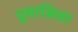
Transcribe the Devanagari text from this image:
दुमासिया